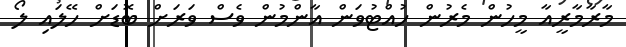
މާރާމާރީއާ މީހުން މެރުން ހުއްޓުވަން އާންމުން ވެސް ވަރަށް ބޮޑަށް ހޭލައި ލޯ